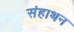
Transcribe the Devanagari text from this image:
संहाथन